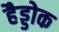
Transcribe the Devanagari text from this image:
हैड्डोक